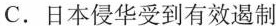
C.日本侵华受到有效遏制